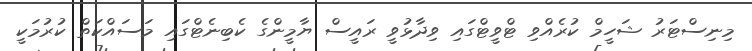
މިނިސްޓަރު ޝަހީމް ކުރެއްވި ޓްވީޓްގައި ވިދާޅުވީ ރައީސް ޔާމީންގެ ކެބިނެޓްގައި މަސައްކަތް ކުރުމަކީ